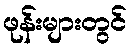
ဖုန်းများတွင်